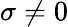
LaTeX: \sigma\neq 0